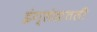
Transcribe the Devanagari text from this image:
इंग्लंडातली